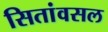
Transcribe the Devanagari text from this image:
सितांवसल